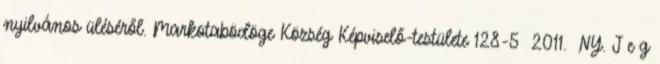
nyilvános üléséről. Markotabödöge Község Képviselő-testülete 128-5 2011. NY. J e g